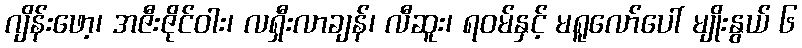
ဂျိန်းဖော့၊ အဇီးဇိုင်ဝါး၊ လရှီးလာချန်၊ လီဆူး၊ ရဝမ်နှင့် မရူလော်ပေါ် မျိုးနွယ် ၆